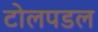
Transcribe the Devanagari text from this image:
टोलपडल